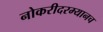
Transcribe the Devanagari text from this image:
नोकरीदरम्यानच